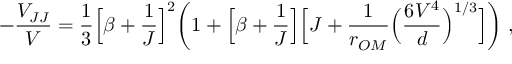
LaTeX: - \frac { V _ { J J } } { V } = \frac { 1 } { 3 } \Big [ \beta + \frac { 1 } { J } \Big ] ^ { 2 } \bigg ( 1 + \Big [ \beta + \frac { 1 } { J } \Big ] \Big [ J + \frac { 1 } { r _ { O M } } \Big ( \frac { 6 V ^ { 4 } } { d } \Big ) ^ { 1 / 3 } \Big ] \bigg ) \; ,